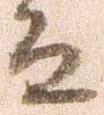
而